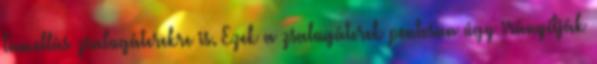
lamellás zsalugáterekre is. Ezek a zsalugáterek pontosan úgy irányítják